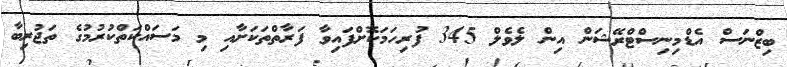
ބިޒްނަސް އެޑްމިނިސްޓްރޭޝަން އިން ލެވެލް 345 ފުރިހަމަކޮށްފައިވާ ފަރާތްތަކަށާއި މި މަސައްކަތްކުރުމުގެ ތަޖުރިބާ